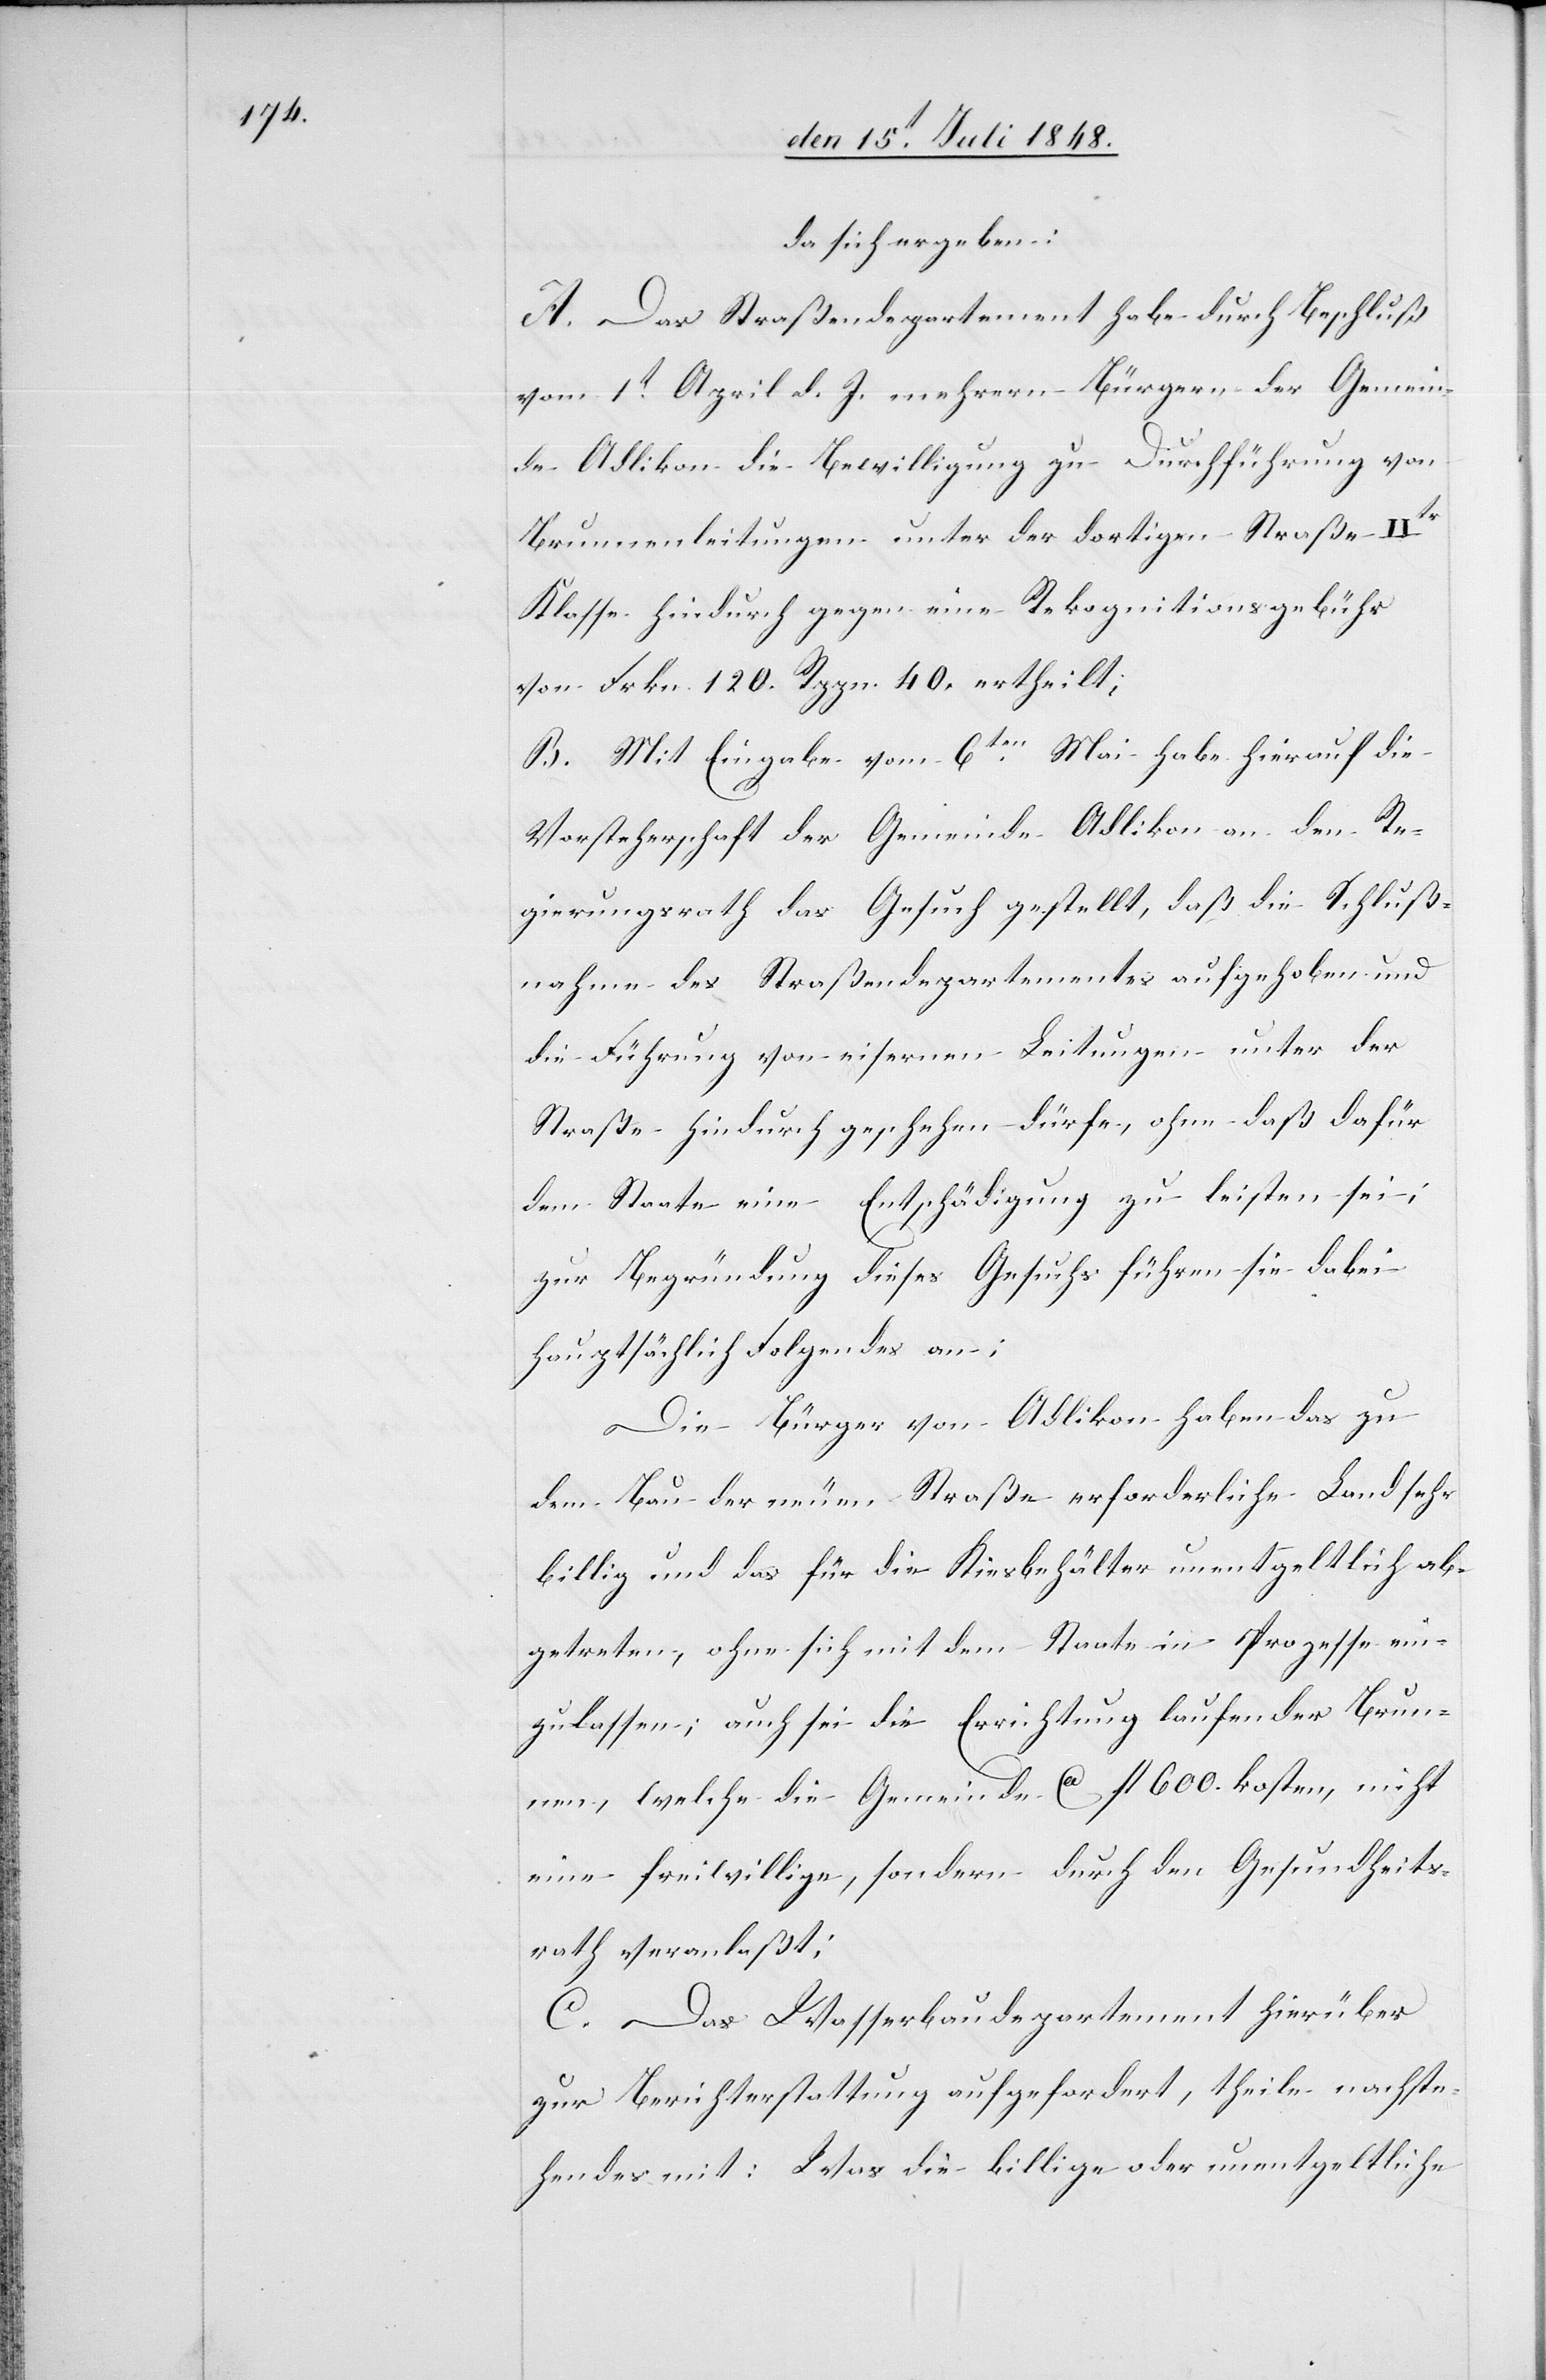
da sich ergeben:
A. Das Straßendepartement habe durch Beschluß
vom 1t April d. J. mehrern Bürgern der Gemein¬
de Adlikon die Bewilligung zu Durchführung von
Brunnenleitungen unter der dortigen Straße IIter
Klasse hindurch gegen eine Rekognitionsgebühr
von Frkn. 120. Rppn. 40. ertheilt.
B. Mit Eingabe vom 6ten Mai habe hierauf die
Vorsteherschaft der Gemeinde Adlikon an den Re¬
gierungsrath das Gesuch gestellt, daß die Schluß¬
nahme des Straßendepartementes aufgehoben und
die Führung von eisernen Leitungen unter der
Straße hindurch geschehen dürfe, ohne daß dafür
dem Staate eine Entschädigung zu leisten sei;
zur Begründung dieses Gesuchs führen sie dabei
hauptsächlich Folgendes an:
Die Bürger von Adlikon haben das zu
dem Bau der neuen Straße erforderliche Land sehr
billig und das für die Kiesbehälter unentgeltlich ab¬
getreten, ohne sich mit dem Staate in Prozesse ein¬
zulassen; auch sei die Errichtung laufender Brun¬
nen, welche die Gemeinde ca. fl. 600. kosten, nicht
eine freiwillige, sondern durch den Gesundheits¬
rath veranlaßt;
C. Das Wasserbaudepartement hierüber
zur Berichterstattung aufgefordert, theile nachste¬
hendes mit: Was die billige oder unentgeltliche